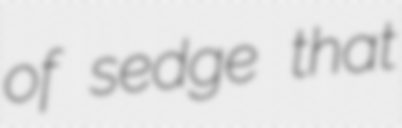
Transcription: of sedge that